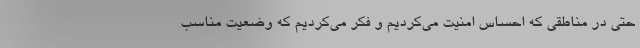
حتی در مناطقی که احساس امنیت می‌کردیم و فکر می‌کردیم که وضعیت مناسب